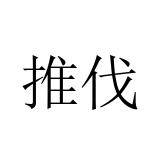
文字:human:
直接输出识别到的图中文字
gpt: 推伐